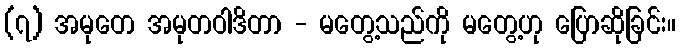
(၇) အမုတေ အမုတဝါဒိတာ - မတွေ့သည်ကို မတွေ့ဟု ပြောဆိုခြင်း။